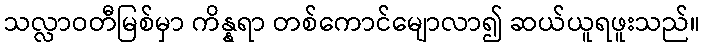
သလ္လာဝတီမြစ်မှာ ကိန္နရာ တစ်ကောင်မျောလာ၍ ဆယ်ယူရဖူးသည်။